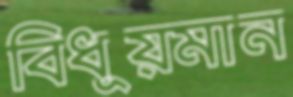
বিধূয়মান